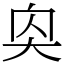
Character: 𪥌